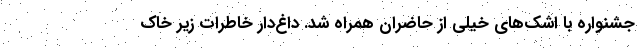
جشنواره با اشک‌های خیلی از حاضران همراه شد. داغ‌دار خاطرات زیر خاک